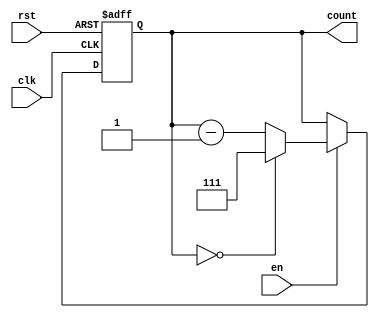
module down_counter_moore #(
    parameter N = 3 // Number of bits for the counter
)(
    input wire clk,      // Clock signal
    input wire rst,      // Asynchronous reset (active high)
    input wire en,       // Enable signal
    output reg [N-1:0] count // Count output
);

// State transition logic
always @(posedge clk or posedge rst) begin
    if (rst) begin
        count <= (1 << N) - 1; // Reset to maximum state (N-1)
    end else if (en) begin
        if (count == 0) begin
            count <= (1 << N) - 1; // Wrap around to maximum state
        end else begin
            count <= count - 1; // Decrement the counter
        end
    end
    // If en is low, hold the current state (no change)
end

endmodule